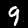
Label: 9